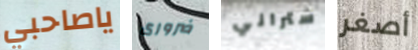
ياصاحبي ضرورى ستراني أصغر